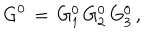
G ^ { 0 } \, = \, G _ { 1 } ^ { 0 } \, G _ { 2 } ^ { 0 } \, G _ { 3 } ^ { 0 } \, ,